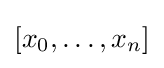
[x_{0},\dots ,x_{n}]